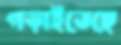
গড়াইতেছে